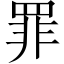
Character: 罪